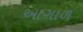
આગાળ